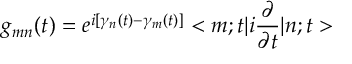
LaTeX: g _ { m n } ( t ) = e ^ { i [ \gamma _ { n } ( t ) - \gamma _ { m } ( t ) ] } < m ; t | i \frac { \partial } { \partial t } | n ; t >